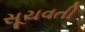
સૂચવતી